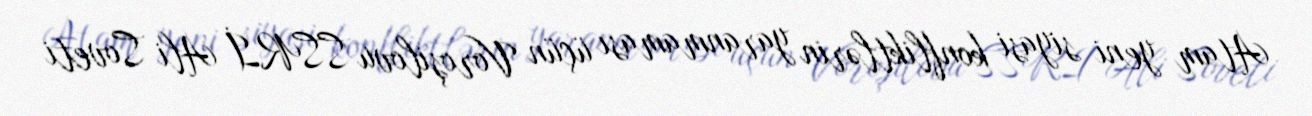
Atam yeni siyasi konfliktlərin yaranmaması üçün Voroşilovu SSRİ Ali Soveti